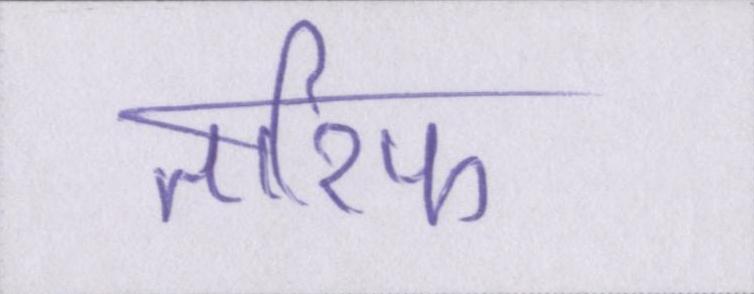
तारिफ